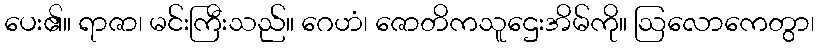
ပေး၏။ ရာဇာ၊ မင်းကြီးသည်။ ဂေဟံ၊ ဇောတိကသူဌေးအိမ်ကို။ ဩလောကေတွာ၊